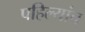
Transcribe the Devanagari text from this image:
पहिल्यांच